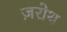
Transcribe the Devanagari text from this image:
ज़रोथ